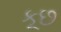
કૂછ